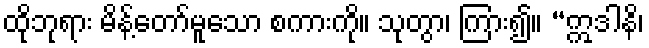
ထိုဘုရား မိန့်တော်မူသော စကားကို။ သုတွာ၊ ကြား၍။ “ဣဒါနိ၊